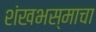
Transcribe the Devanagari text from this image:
शंखभस्माचा